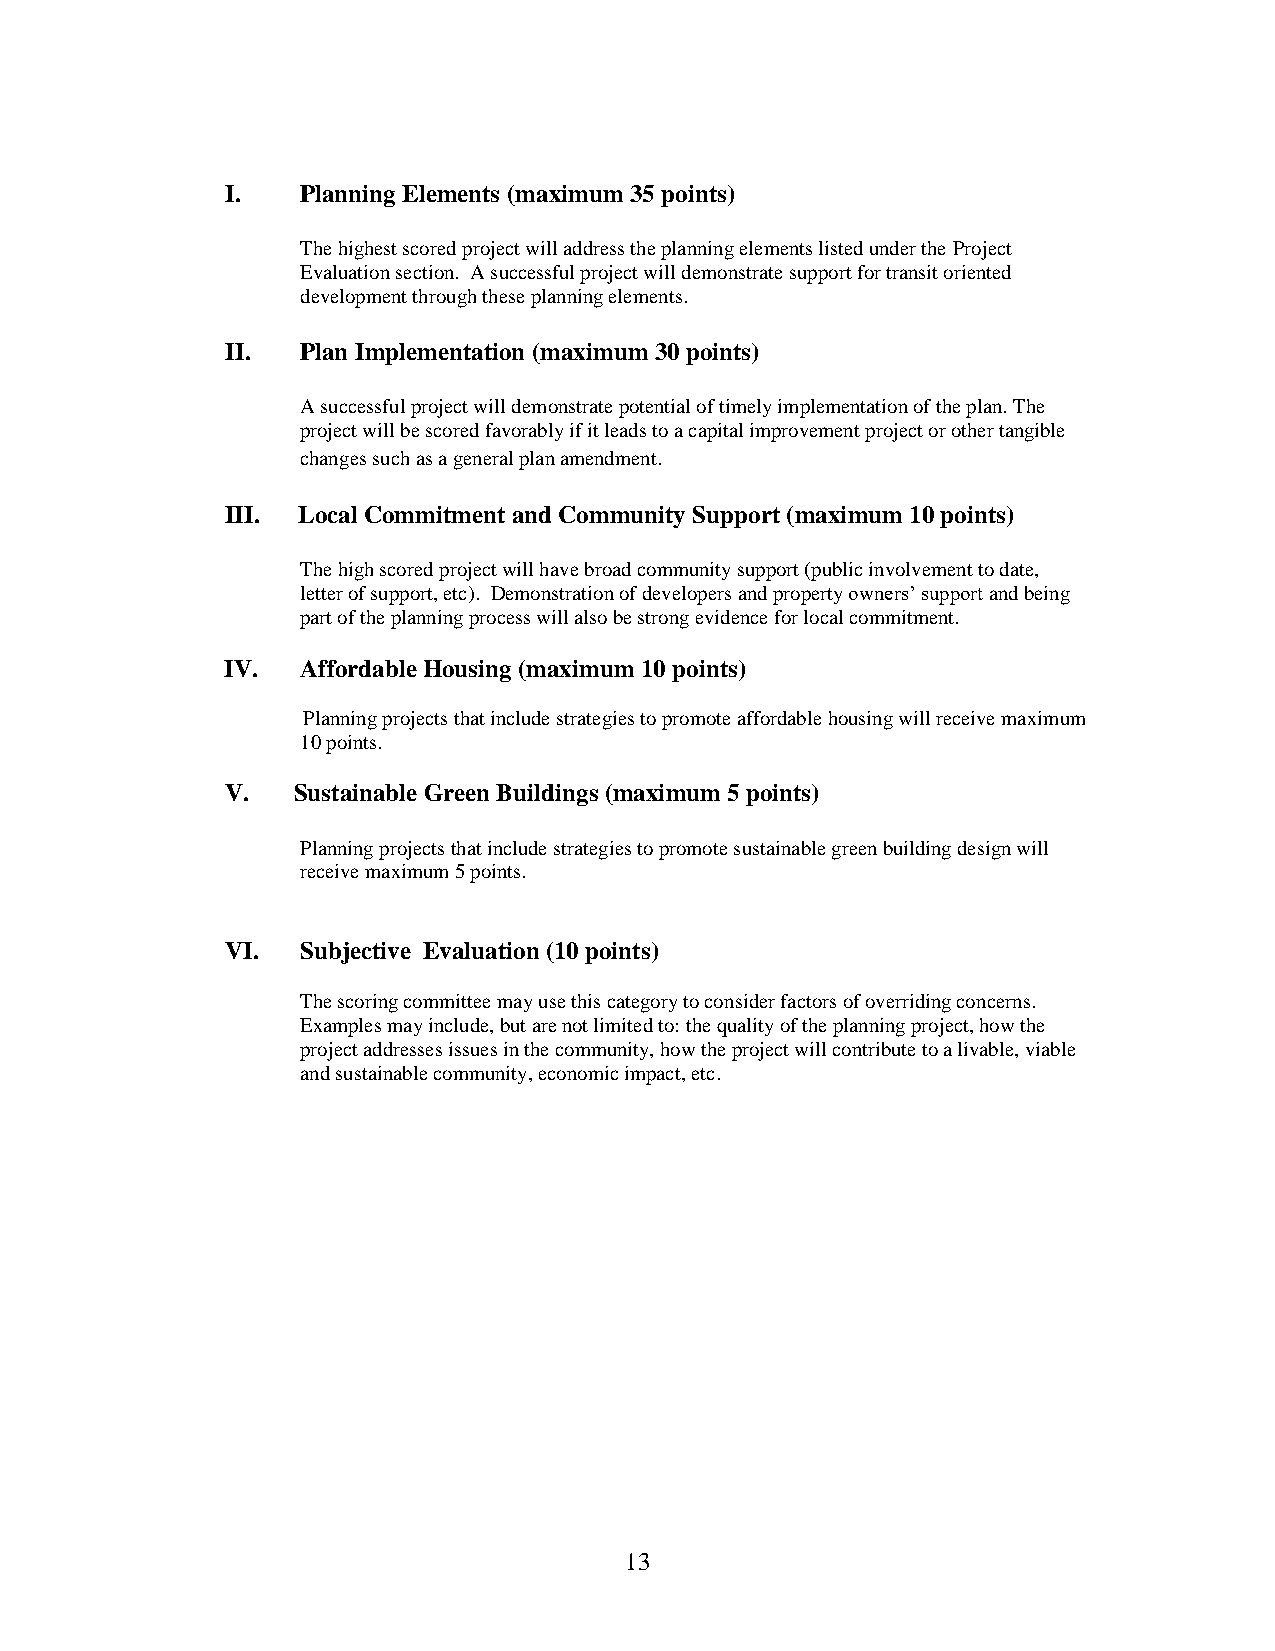
I.   Planning Elements (maximum 35 points)
 The highest scored project will address the planning elements listed under the Project
 Evaluation section. A successful project will demonstrate support for transit oriented
 development through these planning elements.
 II.  Plan Implementation (maximum 30 points)
 A successful project will demonstrate potential of timely implementation of the plan. The
 project will be scored favorably if it leads to a capital improvement project or other tangible
 changes such as a general plan amendment.
 III. Local Commitment and Community Support (maximum 10 points)
 The high scored project will have broad community support (public involvement to date,
 letter of support, etc). Demonstration of developers and property owners’ support and being
 part of the planning process will also be strong evidence for local commitment.
 IV.  Affordable Housing (maximum 10 points)
 Planning projects that include strategies to promote affordable housing will receive maximum
 10 points.
 V.  Sustainable Green Buildings (maximum 5 points)
 Planning projects that include strategies to promote sustainable green building design will
 receive maximum 5 points.
 VI.  Subjective Evaluation (10 points)
 The scoring committee may use this category to consider factors of overriding concerns.
 Examples may include, but are not limited to: the quality of the planning project, how the
 project addresses issues in the community, how the project will contribute to a livable, viable
 and sustainable community, economic impact, etc.
 13